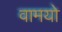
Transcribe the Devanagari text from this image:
वामयो